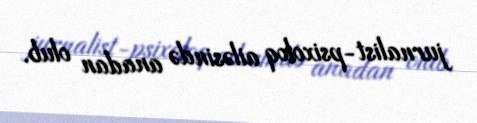
jurnalist-psixoloq ailəsində anadan olub.